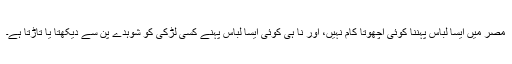
مصر میں ایسا لباس پہننا کوئی اچھوتا کام نہیں، اور نا ہی کوئی ایسا لباس پہنے کسی لڑکی کو شوہدے پن سے دیکھتا یا تاڑتا ہے۔